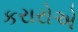
કરારોએ